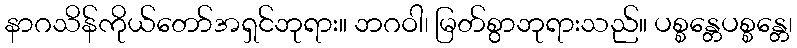
နာဂသိန်ကိုယ်တော်အရှင်ဘုရား။ ဘဂဝါ၊ မြတ်စွာဘုရားသည်။ ပစ္စန္တေပစ္စန္တေ၊